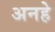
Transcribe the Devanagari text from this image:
अनहे